Report on vaccination in Madras 1904-1921 - 1904-1921
Year: 1904
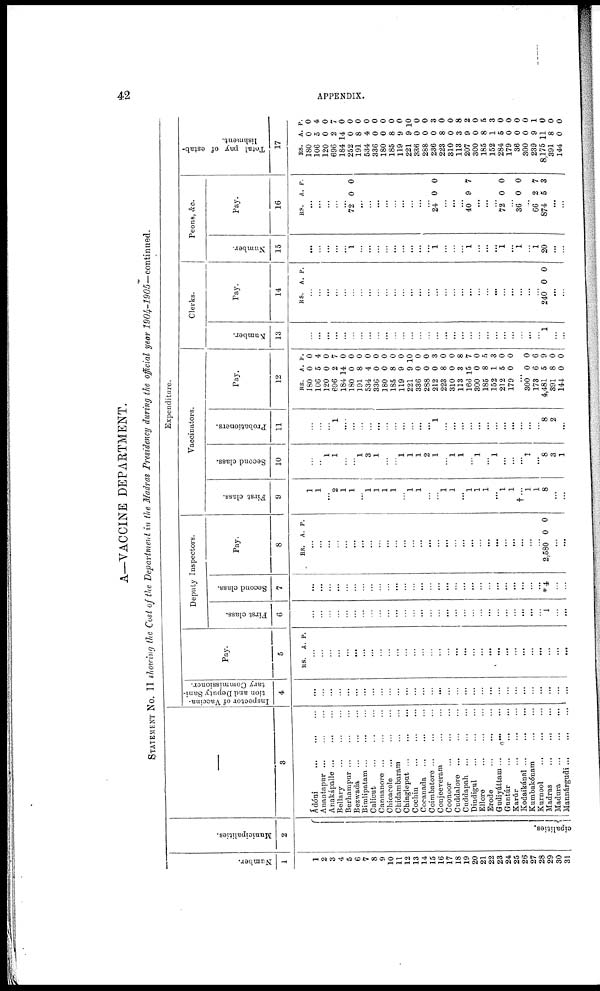
42
APPENDIX.
A—VACCINE DEPARTMENT.
STATEMENT No. II showing the Cost of the Department in the Madras Presidency during the official year 1904-1905—continued.
Number.
1
1
2
3
4
5
6
7
8
9
10
11
12
13
14
15
16
17
18
19
20
21
22
23
24
25
26
27
28
29
30
31
Municipalities.
2
cipalities.
—
3
Àdóni
...
...
...
Anantapnr
...
...
...
Anakápalle
...
...
...
Bellary ... ...
Berhampur
...
...
...
Bezwada ... ... ...
Bimlipatam ... ... ...
Calicut ... ... ...
Cannanore ... ... ...
Chicacole ... ... ...
Chidambaram ... ...
Chingleput
...
...
...
Cochin
...
...
...
Cocanada ... ... ...
Coimbatore ... ... ...
Conjeeveram ... ...
Coonoor
...
...
...
Cuddalore ...
...
...
Cuddapah
...
...
...
Dindigul ... ... ...
Ellore
...
...
...
Erode
...
...
...
Gudiyáttam ...
...
...
Guntúr
...
...
...
Karúr ... ... ...
Kodaikánal
...
...
...
Kumbakónam
... ...
Kurnool
...
...
...
Madras ... ... ...
Madura
...
...
...
Mannárgudi
...
...
...
Expenditure.
Inspector of Vaccina-
tion and Deputy Sani-
tary Commissioner.
4
...
...
...
...
...
...
...
...
...
...
...
...
...
...
...
...
...
...
...
...
...
...
...
...
...
...
...
...
...
...
...
Pay.
5
RS. A. P.
...
...
...
...
...
...
...
...
...
...
...
...
...
...
...
...
...
...
...
...
...
...
...
...
...
...
...
...
...
...
...
Deputy Inspectors.
First class.
6
...
...
...
...
...
...
...
...
...
...
...
...
...
...
...
...
...
...
...
...
...
...
...
...
...
...
...
...
1
...
...
Second class.
7
...
...
...
...
...
...
...
...
...
...
...
...
...
...
...
...
...
...
...
...
...
...
...
...
...
...
...
...
*4
...
...
Pay.
8
RS. A. P.
...
...
...
...
...
...
...
...
...
...
...
...
...
...
...
...
...
...
...
...
...
...
...
...
...
...
...
...
2,580 0 0
...
...
Vaccinators.
First class.
9
...
...
...
...
...
...
...
...
...
...
...
...
...
...
...
...
...
...
...
...
...
...
...
...
...
†...
...
...
8
...
...
Second class.
10
...
...
...
...
...
...
...
...
...
...
...
...
...
...
...
...
...
...
...
...
...
...
...
...
...
...
1
...
8
3
1
Probationers.
11
...
...
...
1
...
...
...
...
...
...
...
...
...
...
...
1
...
...
...
...
...
...
...
...
...
...
...
8
2
...
Pay.
12
RS.
180
106
120
696
184
180
191
534
336
180
185
119
221
336
288
212
223
310
113
166
800
185
152
212
179
A.
0
5
0
2
14
0
8
4
0
0
8
9
9
0
0
0
8
0
3
15
0
8
1
5
0
P.
0
4
0
7
0
0
0
0
0
0
0
0
10
0
0
3
0
0
8
7
0
5
3
0
0
...
300
173
4,481
391
144
0
6
5
8
0
0
6
9
0
0
Clerks.
Number.
13
...
...
...
...
...
...
...
...
...
...
...
...
...
...
...
...
...
...
...
...
...
...
...
...
...
...
...
...
l
...
...
Pay.
14
RS. A. P.
...
...
...
...
...
...
...
...
...
...
...
...
...
...
...
...
...
...
...
...
...
...
...
...
...
...
...
...
240 0 0
...
...
Peons, &c.
Number.
15
...
...
...
...
...
1
...
...
...
...
...
...
...
...
...
1
...
...
...
1
...
...
...
1
...
1
...
1
20
...
...
Pay.
16
RS. A. P.
...
...
...
...
...
72 0 0
...
...
...
...
...
...
...
...
...
24 0 0
...
...
...
40 9 7
...
...
...
72 0 0
...
36 0 0
...
66
874
2
5
7
3
...
...
Total pay of estab-
lishment.
17
RS.
180
106
120
696
184
252
191
534
336
180
185
119
221
336
288
236
223
310
113
207
300
185
152
284
179
36
300
239
8,175
391
144
A.
0
5
0
2
14
0
8
4
0
0
8
9
9
0
0
0
8
0
3
9
0
8
1
5
0
0
0
9
11
8
0
P.
0
4
0
7
0
0
0
0
0
0
0
0
10
0
0
3
0
0
8
2
0
5
3
0
0
0
0
1
0
0
0